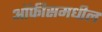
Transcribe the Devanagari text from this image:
ऑफीसमधील